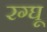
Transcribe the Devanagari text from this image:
रग्घू